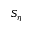
S _ { \eta }